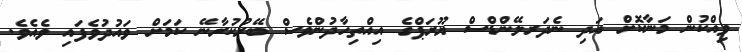
ވިއްކުން މަނާކޮށް އަދި ނެދަރލޭންޑްސް ޔޫރަޕްގެ އިއްތިހާދުންވެސް ބޭރުކުރާނޭ ކަމަށް ވައުދުވެފައި ވެއެވެ.